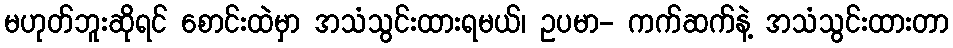
မဟုတ်ဘူးဆိုရင် စောင်းထဲမှာ အသံသွင်းထားရမယ်၊ ဥပမာ- ကက်ဆက်နဲ့ အသံသွင်းထားတာ